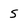
Character: S